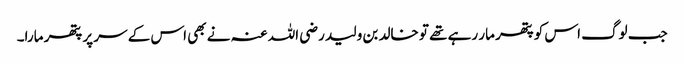
جب لوگ اس کو پتھر مار رہے تھے تو خالد بن ولید رضی اللہ عنہ نے بھی اس کے سر پر پتھر مارا۔